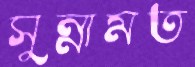
সুন্নামত